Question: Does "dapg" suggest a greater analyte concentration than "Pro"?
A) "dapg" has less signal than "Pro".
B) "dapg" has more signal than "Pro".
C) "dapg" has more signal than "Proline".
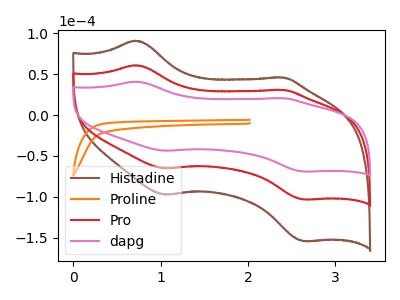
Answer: <think>The brown curve "Histadine" has anodic peaks at (0.70V, 121.60uA) (2.40V, 61.35uA) and cathodic peaks at (1.05V, -130.30uA) (2.65V, -206.35uA). The orange curve "Proline" has no peaks. The red curve "Pro" has anodic peaks at (0.70V, 60.80uA) (2.40V, 30.65uA) and cathodic peaks at (1.05V, -65.15uA) (2.65V, -103.20uA). The pink curve "dapg" has anodic peaks at (0.70V, 40.70uA) (2.40V, 20.55uA) and cathodic peaks at (1.05V, -43.60uA) (2.65V, -69.10uA).
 All the peaks in "dapg" have a peak in "Pro" at the same potential. Every peak in "dapg" is lower than every peak in "Pro".</think>
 <answer>A) "dapg" has less signal than "Pro".</answer>
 <eval>A</eval>